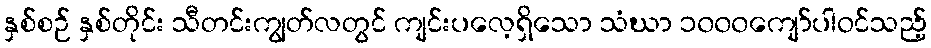
နှစ်စဉ် နှစ်တိုင်း သီတင်းကျွတ်လတွင် ကျင်းပလေ့ရှိသော သံဃာ ၁၀၀၀ကျော်ပါဝင်သည့်